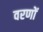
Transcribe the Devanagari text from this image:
वरणों